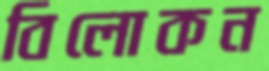
বিলোকন